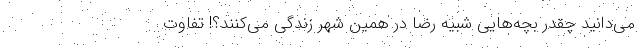
می‌دانید چقدر بچه‌هایی شبیه رضا در همین شهر زندگی می‌کنند؟! تفاوت